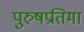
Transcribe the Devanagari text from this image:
पुरुषप्रतिमा